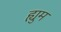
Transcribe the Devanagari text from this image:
ह्युम